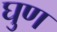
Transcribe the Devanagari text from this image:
घुण